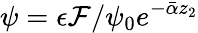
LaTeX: \psi=\epsilon\mathcal{F}/\psi_{0}e^{-\bar{\alpha}z_{2}}